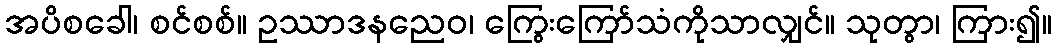
အပိစခေါ၊ စင်စစ်။ ဥဿာဒနညေဝ၊ ကြွေးကြော်သံကိုသာလျှင်။ သုတွာ၊ ကြား၍။